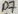
Text: D7